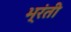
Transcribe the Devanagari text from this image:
भ्रंती